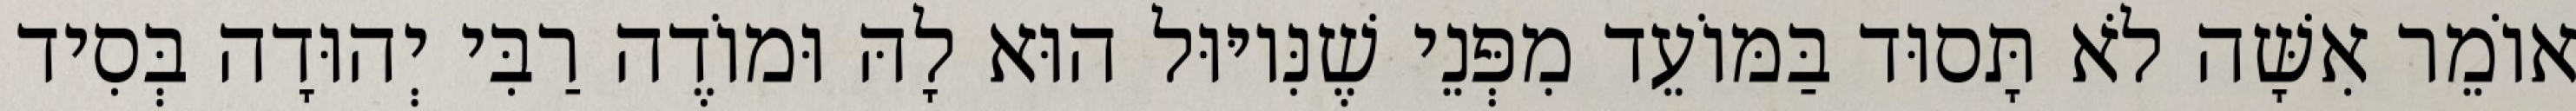
אוֹמֵר אִשָּׁה לֹא תָּסוּד בַּמּוֹעֵד מִפְּנֵי שֶׁנִּיוּוּל הוּא לָהּ וּמוֹדֶה רַבִּי יְהוּדָה בְּסִיד